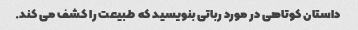
داستان کوتاهی در مورد رباتی بنویسید که طبیعت را کشف می کند.